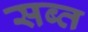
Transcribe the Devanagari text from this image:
सब्त